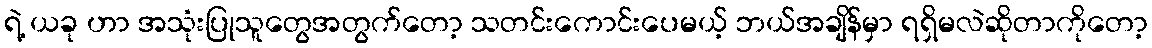
ရဲ့ ယခု ဟာ အသုံးပြုသူတွေအတွက်တော့ သတင်းကောင်းပေမယ့် ဘယ်အချိန်မှာ ရရှိမလဲဆိုတာကိုတော့